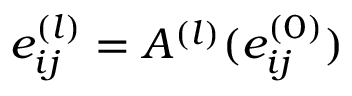
e _ { i j } ^ { ( l ) } = A ^ { ( l ) } ( e _ { i j } ^ { ( 0 ) } )